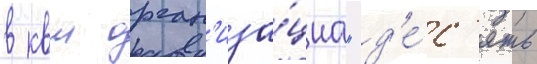
в квм орган'иза́циа "д'е́с'ять